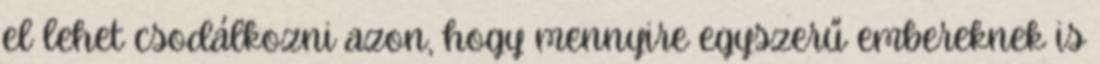
el lehet csodálkozni azon, hogy mennyire egyszerű embereknek is